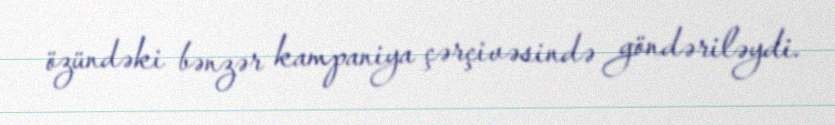
özündəki bənzər kampaniya çərçivəsində göndəriləydi.